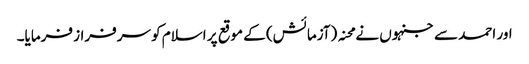
اور احمد سے جنہوں نے محنہ (آزمائش) کے موقع پر اسلام کو سرفراز فرمایا۔